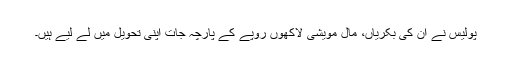
پولیس نے ان کی بکریاں، مال مویشی لاکھوں روپے کے پارچہ جات اپنی تحویل میں لے لیے ہیں۔